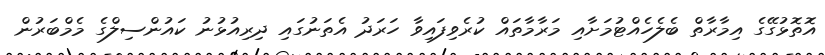
އޮތޮޅުގޭގެ އިމާރާތް ބެލެހެއްޓުމަށާއި މަރާމާތައް ކުރެވިފައިވާ ހަރަދު އެތަނުގައި ދިރިއުޅުނު ކައުންސިލްގެ މެމްބަރުން